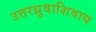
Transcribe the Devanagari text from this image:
उत्तरध्रुवाशिवाय